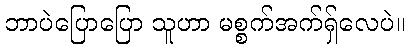
ဘာပဲပြောပြော သူဟာ မစ္စက်အက်ရှ်လေပဲ။